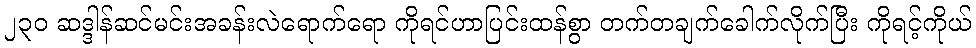
၂၃၀ ဆဒ္ဒါန်ဆင်မင်းအခန်းလဲရောက်ရော ကိုရင်ဟာပြင်းထန်စွာ တက်တချက်ခေါက်လိုက်ပြီး ကိုရင့်ကိုယ်